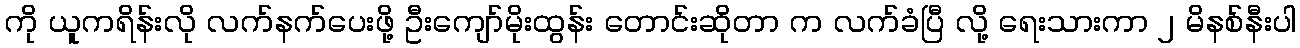
ကို ယူကရိန်းလို လက်နက်ပေးဖို့ ဦးကျော်မိုးထွန်း တောင်းဆိုတာ က လက်ခံပြီ လို့ ရေးသားကာ ၂ မိနစ်နီးပါ